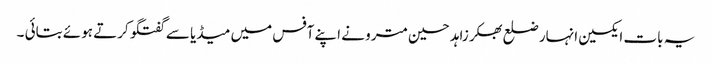
یہ بات ایکسین انہار ضلع بھکر زاہد حسین مترو نے اپنے آفس میں میڈیا سے گفتگو کرتے ہوئے بتائی ۔